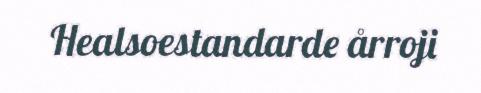
Healsoestandarde årroji